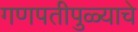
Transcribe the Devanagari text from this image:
गणपतीपुळ्याचे